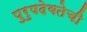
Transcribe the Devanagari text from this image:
पुरुषदेवतेची